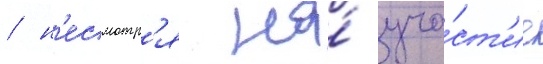
/ н'есмотр'я на́ уча́ст'ие